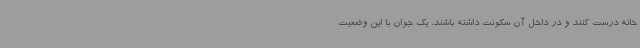
خانه درست کنند و در داخل آن سکونت داشته باشند. یک جوان با این وضعیت